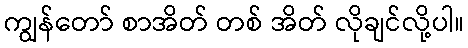
ကျွန်တော် စာအိတ် တစ် အိတ် လိုချင်လို့ပါ။